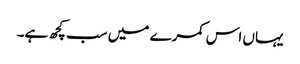
یہاں اس کمرے میں سب کچھ ہے۔